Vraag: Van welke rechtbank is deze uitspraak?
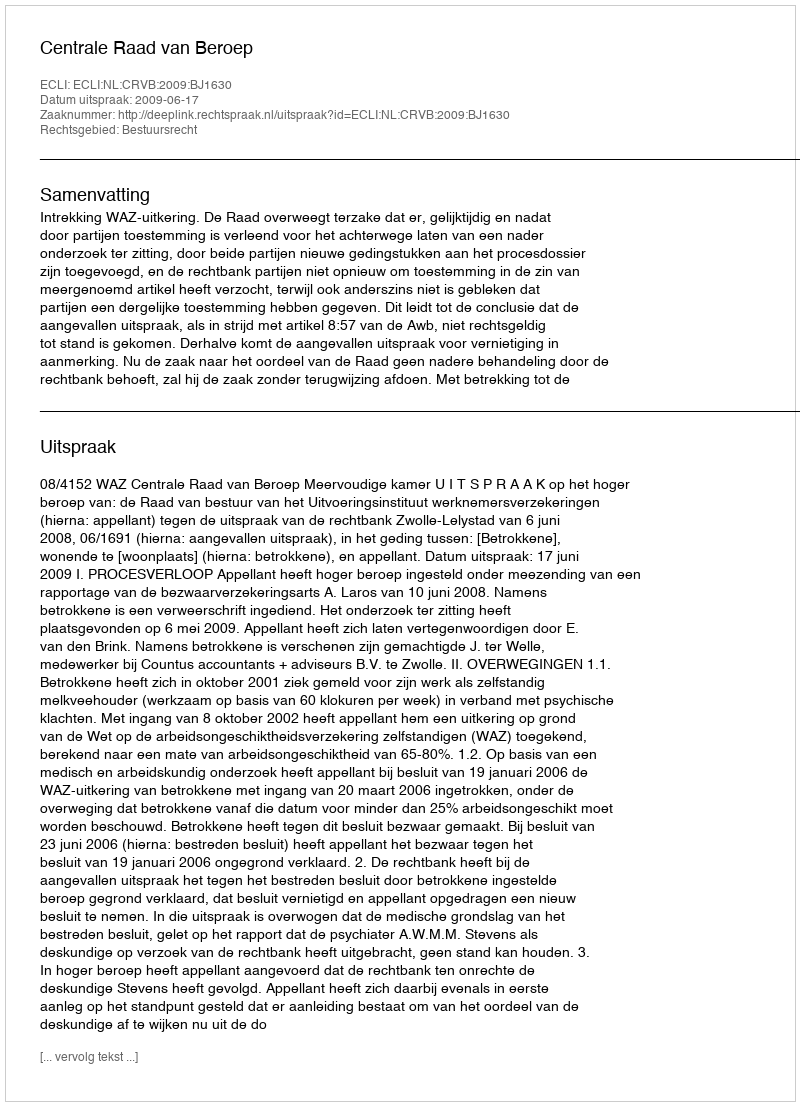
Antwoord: Centrale Raad van Beroep